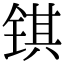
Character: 𫓹